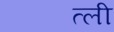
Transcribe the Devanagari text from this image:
त्ली